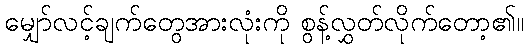
မျှော်လင့်ချက်တွေအားလုံးကို စွန့်လွှတ်လိုက်တော့၏။